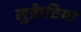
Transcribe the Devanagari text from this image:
लुक्रेटिया